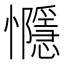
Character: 㦩